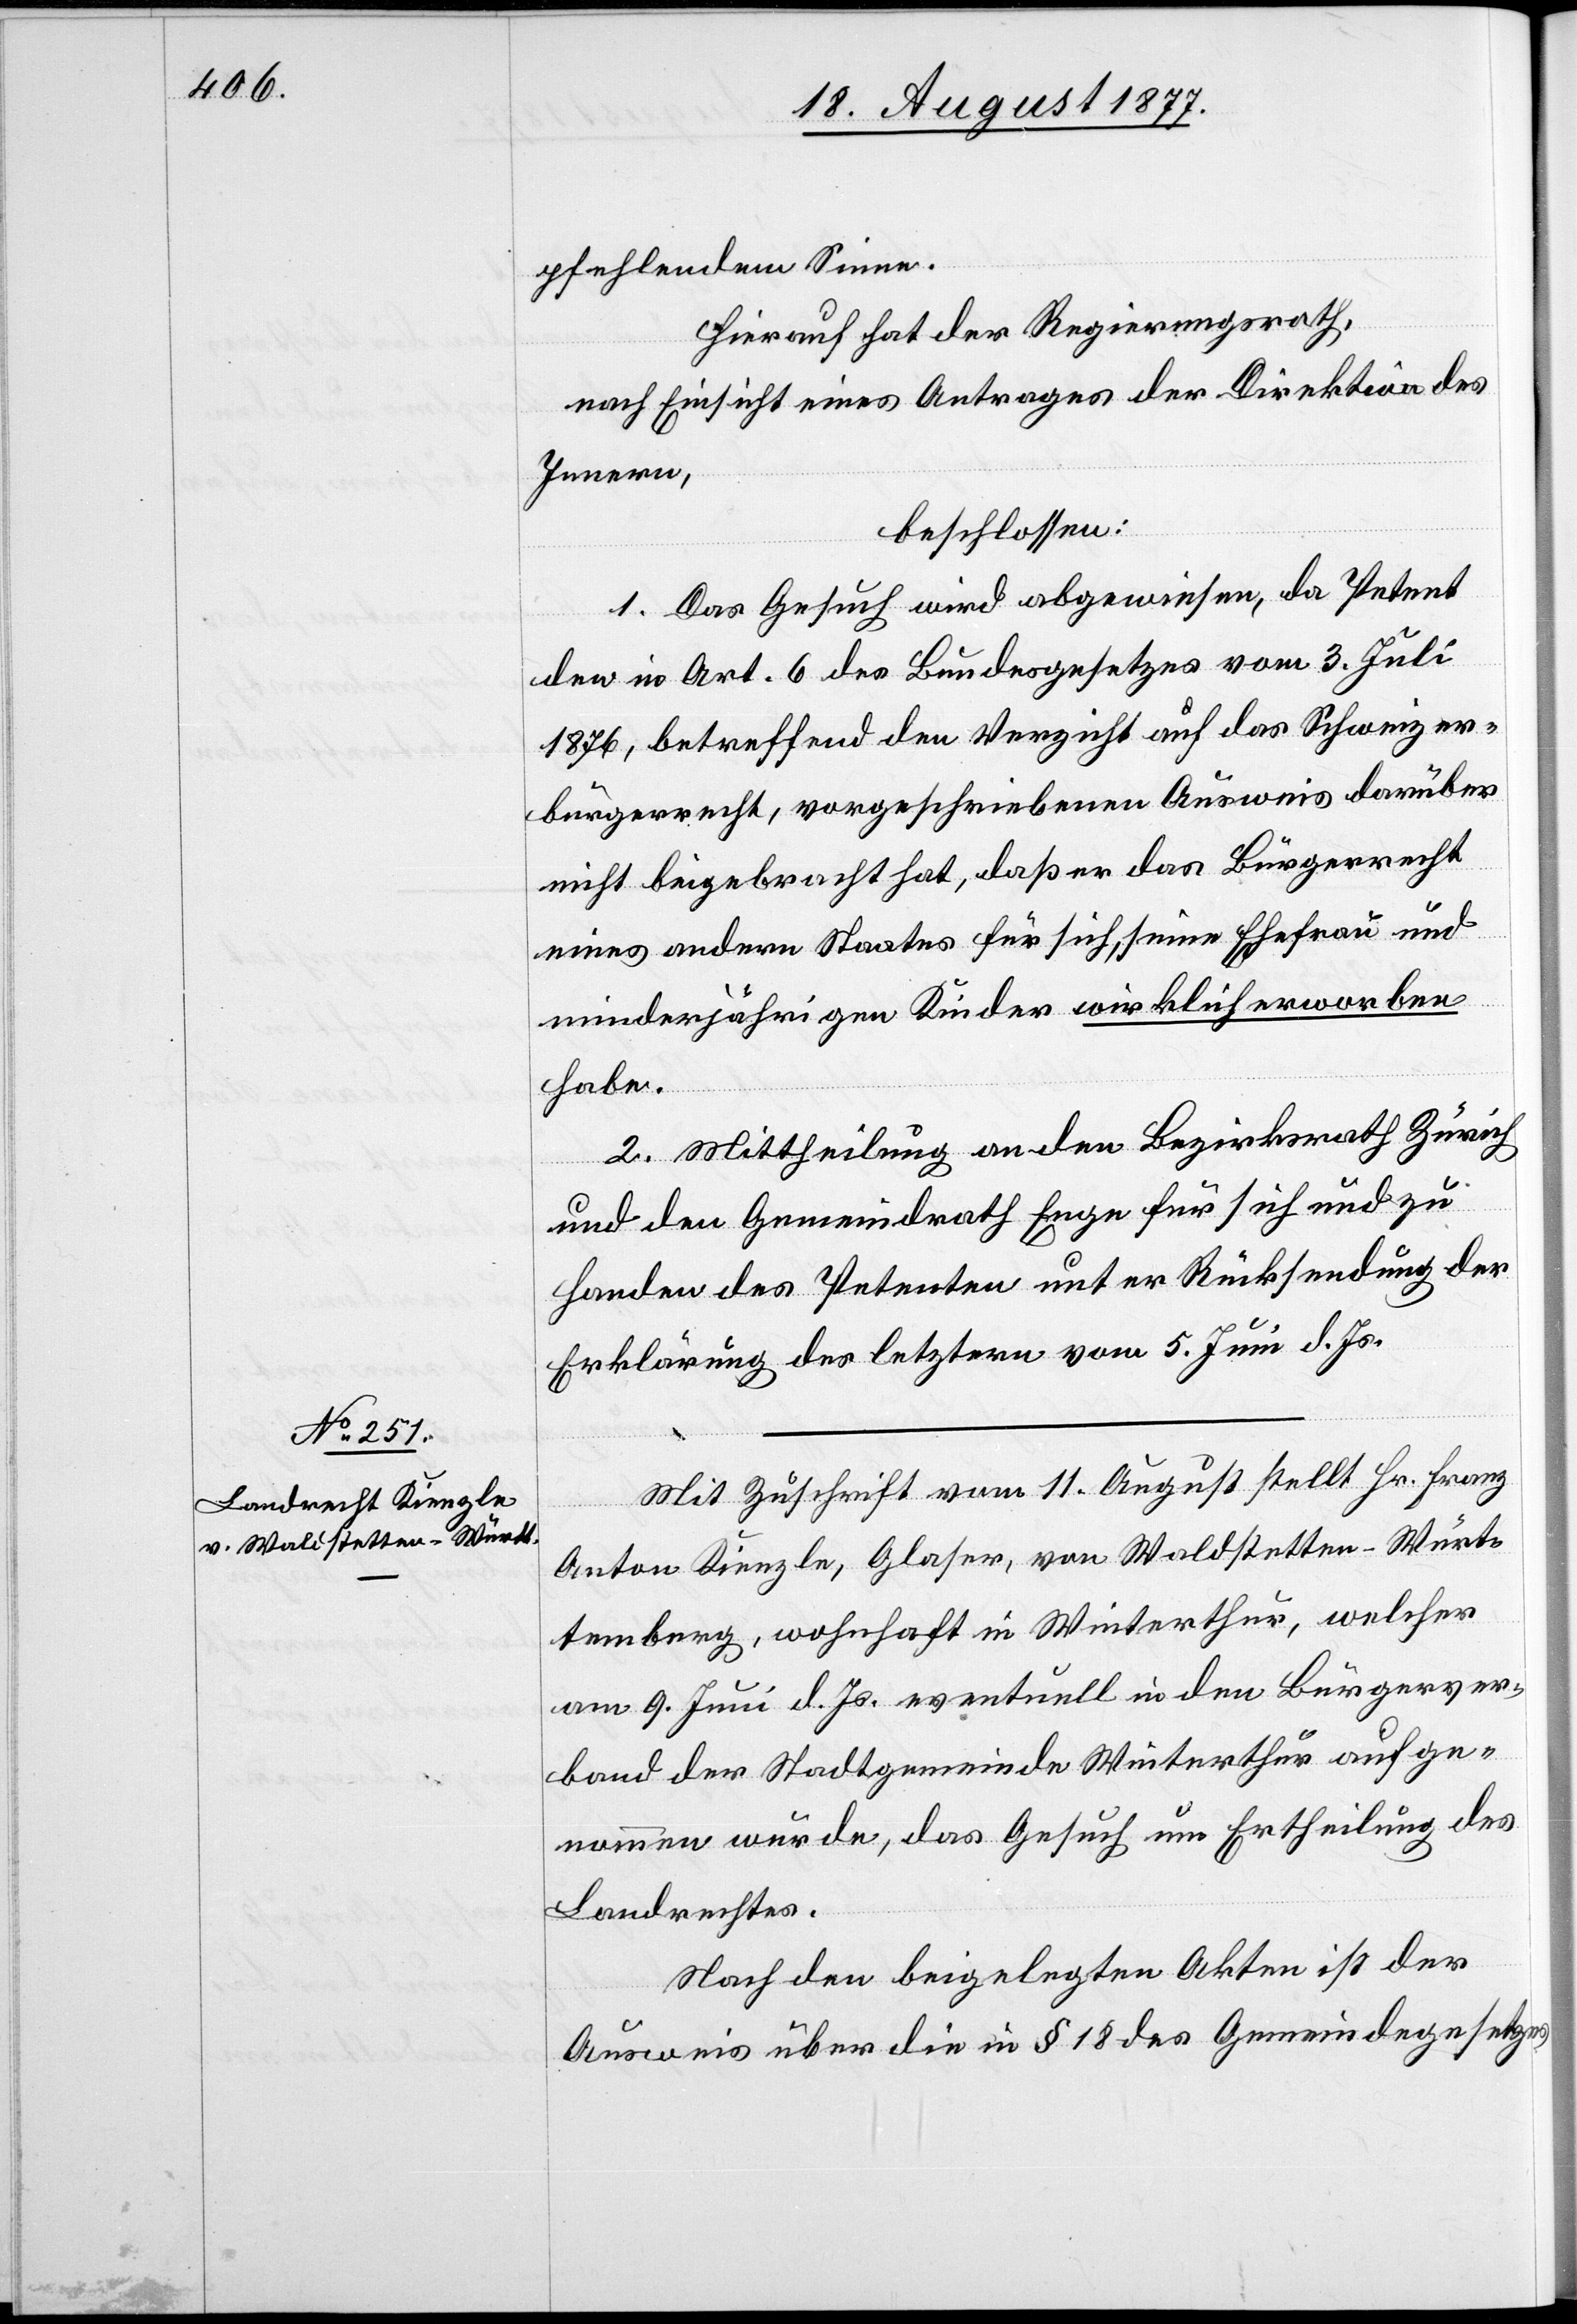
pfehlendem Sinne.
Hierauf hat der Regierungsrath,
nach Einsicht eines Antrages der Direktion des
Innern,
beschlossen:
1. Das Gesuch wird abgewiesen, da Petent
den in Art. 6 des Bundesgesetzes vom 3. Juli
1876, betreffend den Verzicht auf das Schweizer¬
bürgerrecht, vorgeschriebenen Ausweis darüber
nicht beigebracht hat, daß er das Bürgerrecht
eines andern Staates für sich, seine Ehefrau und
minderjährigen Kinder wirklich erworben
habe.
2. Mittheilung an den Bezirksrath Zürich
und den Gemeindrath Enge für sich und zu
Handen des Petenten unter Rücksendung der
Erklärung des letztern vom 5. Juni d. Js.
Mit Zuschrift vom 11. August stellt Hr. Franz
Anton Kienzle, Glaser, von Waldstetten - Würt¬
temberg, wohnhaft in Winterthur, welcher
am 9. Juni d. Js. eventuell in den Bürgerver¬
band der Stadtgemeinde Winterthur aufge¬
nommen wurde, das Gesuch um Ertheilung des
Landrechtes.
Nach den beigelegten Akten ist der
Ausweis über die in § 18 des Gemeindegesetzes